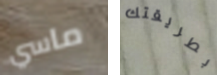
ماسي بطريقتك